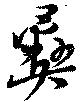
彝